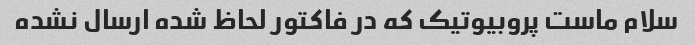
سلام ماست پروبیوتیک که در فاکتور لحاظ شده ارسال نشده